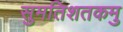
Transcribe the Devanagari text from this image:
सुमतिशतकमु